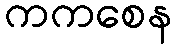
ကကစေန